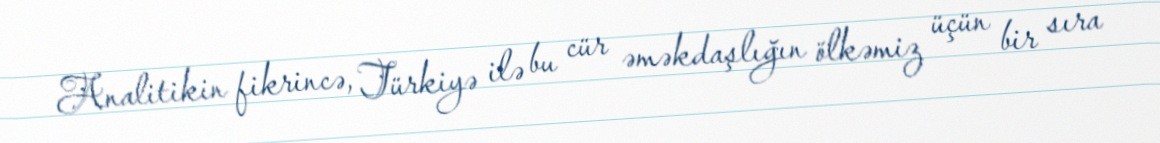
Analitikin fikrincə, Türkiyə ilə bu cür əməkdaşlığın ölkəmiz üçün bir sıra